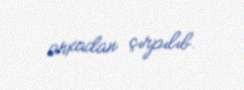
arxadan çırpılıb.